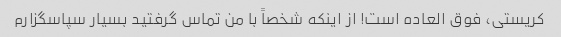
کریستی، فوق العاده است! از اینکه شخصاً با من تماس گرفتید بسیار سپاسگزارم